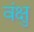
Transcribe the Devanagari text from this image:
वंक्षु